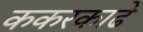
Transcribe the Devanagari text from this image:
ककरकाढे